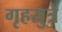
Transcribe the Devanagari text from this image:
गृहसुत्रे